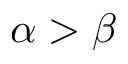
\alpha > \beta